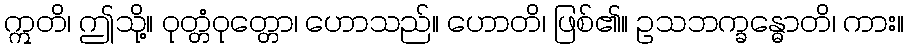
ဣတိ၊ ဤသို့။ ဝုတ္တံဝုတ္တော၊ ဟောသည်။ ဟောတိ၊ ဖြစ်၏။ ဥသဘက္ခန္ဓောတိ၊ ကား။